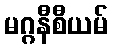
မဂ္ဂနီစီယမ်